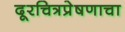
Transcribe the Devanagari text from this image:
दूरचित्रप्रेषणाचा